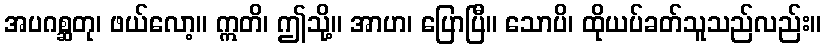
အပဂစ္ဆတု၊ ဖယ်လော့။ ဣတိ၊ ဤသို့။ အာဟ၊ ပြောပြီ။ သောပိ၊ ထိုယပ်ခတ်သူသည်လည်း။